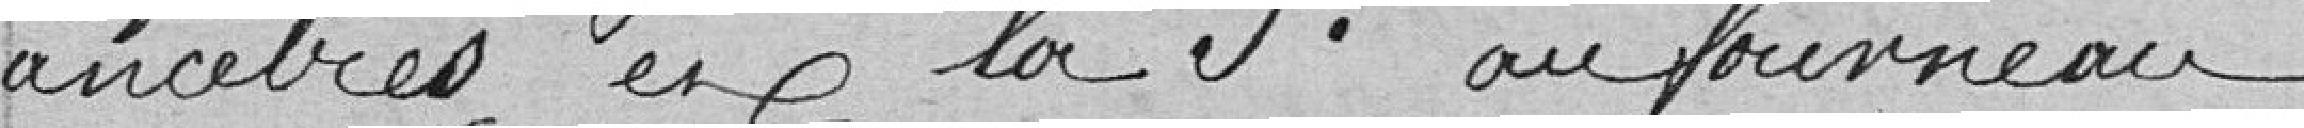
ancêtres et la 5e au fourneau.